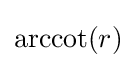
\operatorname {arccot} (r)